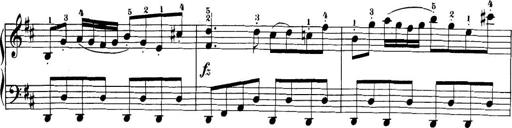
Title: 32 Sonatinas and Rondos for the Piano
Composer: Richard Kleinmichel